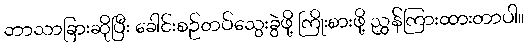
ဘာသာခြားဆိုပြီး ခေါင်းစဉ်တပ်သွေးခွဲဖို့ ကြိုးစားဖို့ ညွှန်ကြားထားတာပါ။